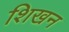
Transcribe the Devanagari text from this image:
शिखन